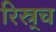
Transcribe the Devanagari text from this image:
रिस्र्च